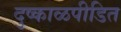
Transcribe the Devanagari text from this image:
दुष्काळपीडित